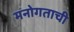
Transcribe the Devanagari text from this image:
मनोगताची